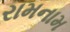
રામનામ